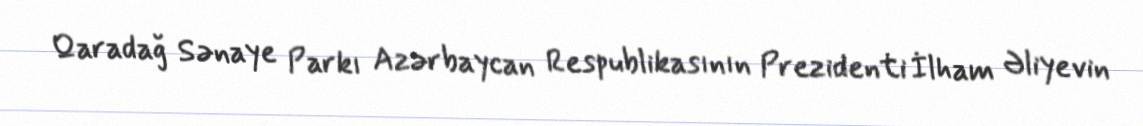
Qaradağ Sənaye Parkı Azərbaycan Respublikasının Prezidenti İlham Əliyevin